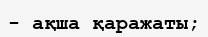
- ақша қаражаты;